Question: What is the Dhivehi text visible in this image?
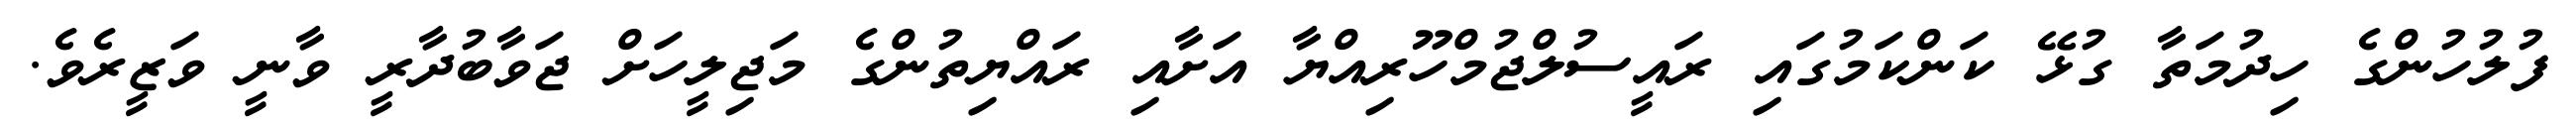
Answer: ފުލުހުންގެ ހިދުމަތާ ގުޅޭ ކަންކަމުގައި ރައީސުލްޖުމްހޫރިއްޔާ އަށާއި ރައްޔިތުންގެ މަޖިލީހަށް ޖަވާބުދާރީ ވާނީ ވަޒީރެވެ.